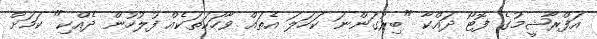
އަފްރާޝީމުގެ ފޮޓޯ ދައްކާ "ބިރުގަންނަ ކަހަލަ އެތައް ވާހަކަތަކެއް ފުލުހުން ދެއްކި" ކަމަށް